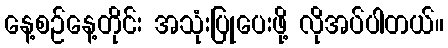
နေ့စဉ်နေ့တိုင်း အသုံးပြုပေးဖို့ လိုအပ်ပါတယ်။